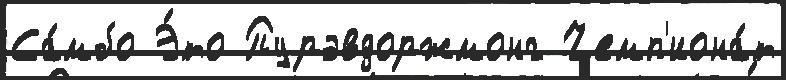
Са́мбо Э́то Пурэвдоржмонг Чемп'иона́т